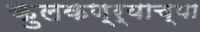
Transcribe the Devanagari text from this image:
कुलकण्र्याच्या